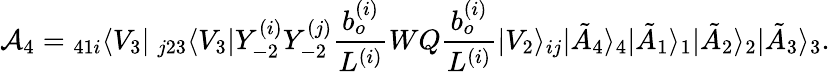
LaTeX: {\cal A}_{4}={}_{41i}\langle V_{3}|~_{j23}\langle V_{3}|Y_{-2}^{(i)}Y_{-2}^{(j)}\frac{b_{o}^{(i)}}{L^{(i)}}WQ\frac{b_{o}^{(i)}}{L^{(i)}}|V_{2}\rangle_{ij}|\tilde{A}_{4}\rangle_{4}|\tilde{A}_{1}\rangle_{1}|\tilde{A}_{2}\rangle_{2}|\tilde{A}_{3}\rangle_{3}.